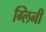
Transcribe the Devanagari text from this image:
ग्लिनी